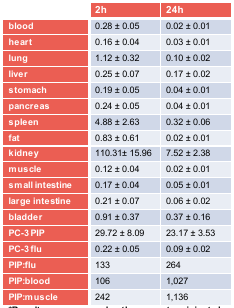
<table><thead><tr><td></td><td><b>2 H</b></td><td><b>24 H</b></td></tr></thead><tbody><tr><td><b>blood</b></td><td>0.28 ± 0.05</td><td>0.02 ± 0.01</td></tr><tr><td><b>heart</b></td><td>0.16 ± 0.04</td><td>0.03 ± 0.01</td></tr><tr><td><b>lung</b></td><td>1.12 ± 0.32</td><td>0.10 ± 0.02</td></tr><tr><td><b>liver</b></td><td>0.25 ± 0.07</td><td>0.17 ± 0.02</td></tr><tr><td><b>stomach</b></td><td>0.19 ± 0.05</td><td>0.04 ± 0.01</td></tr><tr><td><b>pancreas</b></td><td>0.24 ± 0.05</td><td>0.04 ± 0.01</td></tr><tr><td><b>spleen</b></td><td>4.88 ± 2.63</td><td>0.32 ± 0.06</td></tr><tr><td><b>fat</b></td><td>0.83 ± 0.61</td><td>0.02 ± 0.01</td></tr><tr><td><b>kidney</b></td><td>110.31± 15.96</td><td>7.52 ± 2.38</td></tr><tr><td><b>muscle</b></td><td>0.12 ± 0.04</td><td>0.02 ± 0.01</td></tr><tr><td><b>small intestine</b></td><td>0.17 ± 0.04</td><td>0.05 ± 0.01</td></tr><tr><td><b>large intestine</b></td><td>0.21 ± 0.07</td><td>0.06 ± 0.02</td></tr><tr><td><b>bladder</b></td><td>0.91 ± 0.37</td><td>0.37 ± 0.16</td></tr><tr><td><b>PC-3 PIP</b></td><td>29.72 ± 8.09</td><td>23.17 ± 3.53</td></tr><tr><td><b>PC-3 flu</b></td><td>0.22 ± 0.05</td><td>0.09 ± 0.02</td></tr><tr><td><b>PIP:flu</b></td><td>133</td><td>264</td></tr><tr><td><b>PIP:blood</b></td><td>106</td><td>1,027</td></tr><tr><td><b>PIP:muscle</b></td><td>242</td><td>1,136</td></tr></tbody></table>